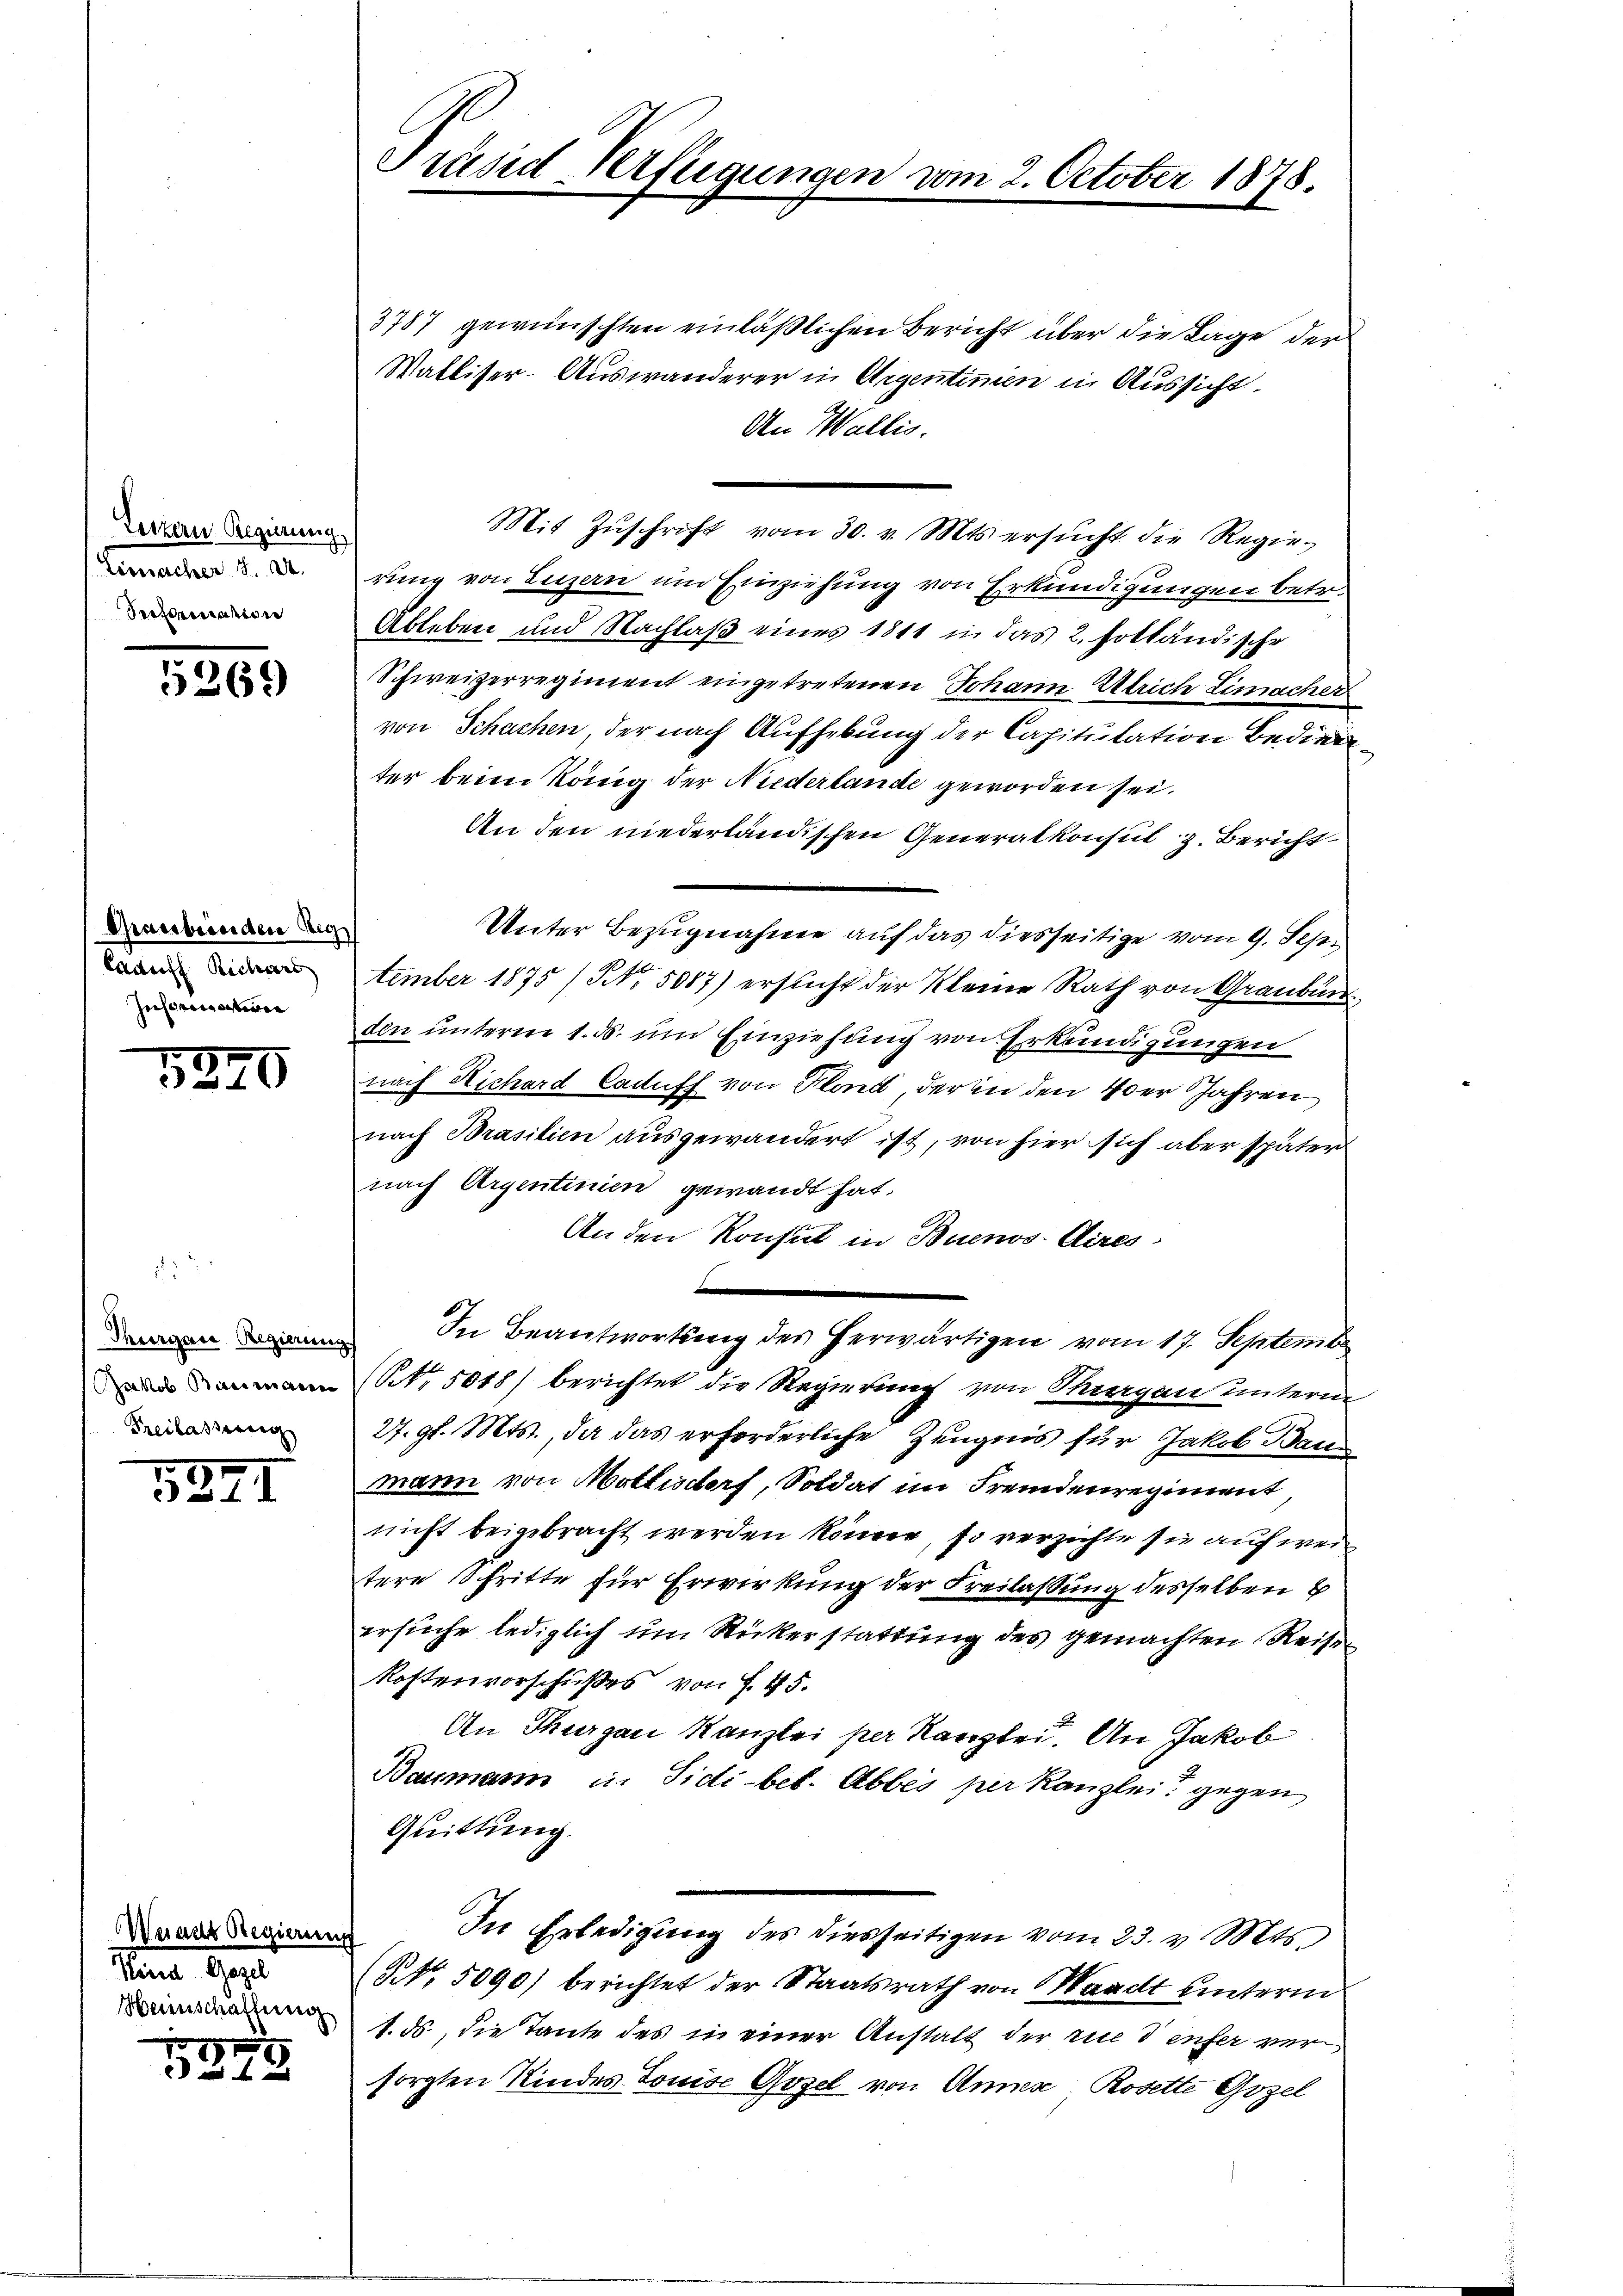
Luzern Regierung
Zimacher 8. d.
Pectorisation

5269

Grassbenden Reg
Caauf Richars
Insinuation

5240

Thurgare Regierun
Jakob Baumann
Kreilasserer

5241

Weiner Regierung
Manne Gest
Heimschaffung

5245

Grund Verftigungen vom 2. October 1878.

3787 gewünschten einläßlichen Bericht über die Lage der
Walliser-Auswanderer in Argentinen in Aussicht.
An Wallis.
Mit Zŭschrift vom 30. v. Mts. ersŭcht die Regie-
rung von Luzern und Einziehung von Erkundigungen betr.
Ableben und Nachlaß eines 1811 in das 2. holländische
Schweizerregiment eingetretenen Johann Ulrich Limacher
von Schachen der nach Aufhebung der Capitulation bediene
ter beim König der Niederlande geworden sei.
An den niederländischen Generalkonsul z. Bericht
Unter Bezugnahme auf das diesseitige vom 9. Sep¬
6
tember 1875 /NNo. 5087) ersucht der Kleine Rath von Graubün
Ein unterm 1. ds. um Einziehung von Erkundigungen
nach Nichard Caduff von Klond, der in den 40er Jahren
nach Brasilien ausgewandert ist, von hier sich aber später
nach Argentinien gewandt hat.
An den Konsul in Buenos Aires
In Beantwortung der herwärtigen vom 17. September
NNo. 5018) berichtet die Regierung von Tragen unterm
27. gl. Mts., da das erforderliche Zeugnis für Jakob Bann
mann von Mottisdorf, Soldat im Fremdenregiment
nicht beigebracht werden könne, so verzichte sie auf weitere Schritte für Erwirkung der Freilassung desselben b
ersuche lediglich um Rückerstattung des gemachten Reise
Kostenvorschußes von § 45.
An Thurgau Kanzlei per Kanzlei. An Jakob
Baumann in Sidi-bet. Abbes per Kanzlei gegen
Quittung.
In Erledigung des diesseitigen vom 23. v. Mts.
NNo. 5090) berichtet der Staatsrath von Waadt unterm
1. ds, die Tante des in einer Anstalt der rue denfer versorgten Kindes Louise Gozel von Anner, Rosette Gozel